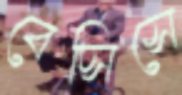
বেসিসে